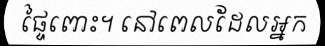
ផ្ទៃពោះ។ នៅពេលដែលអ្នក